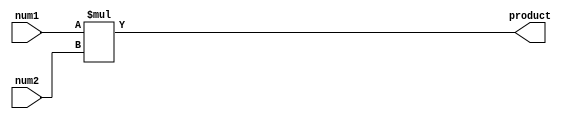
module signed_multiplier (
    input signed [31:0] num1,
    input signed [31:0] num2,
    output signed [63:0] product
);

reg signed [63:0] partial_product;
reg signed [63:0] shifted_num1;
reg [63:0] temp;

always @ (*) begin
    temp = $signed(num1) * $signed(num2);
    partial_product = temp;
end

assign product = partial_product;

endmodule